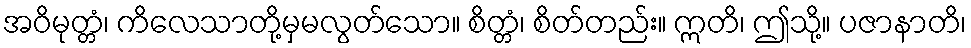
အဝိမုတ္တံ၊ ကိလေသာတို့မှမလွတ်သော။ စိတ္တံ၊ စိတ်တည်း။ ဣတိ၊ ဤသို့။ ပဇာနာတိ၊